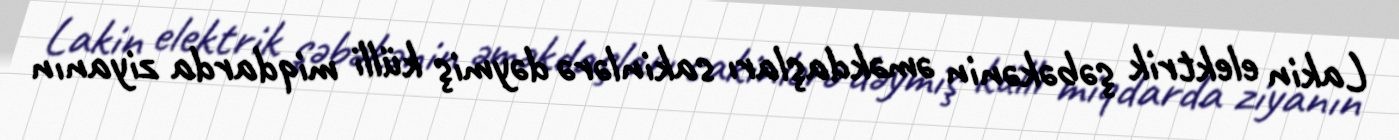
Lakin elektrik şəbəkənin əməkdaşları sakinlərə dəymiş külli miqdarda ziyanın